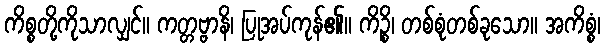
ကိစ္စတို့ကိုသာလျှင်။ ကတ္တဗ္ဗာနိ၊ ပြုအပ်ကုန်၏။ ကိဉ္စိ၊ တစ်စုံတစ်ခုသော။ အကိစ္စံ၊